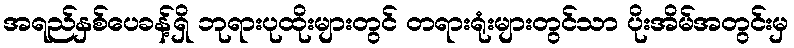
အရည်နှစ်ပေခန့်ရှိ ဘုရားပုထိုးများတွင် တရားရုံးများတွင်သာ ပိုးအိမ်အတွင်းမှ